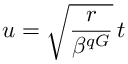
u = \sqrt { \frac { r } { \beta ^ { q G } } } \, t